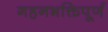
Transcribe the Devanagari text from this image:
गहनभक्तिपूर्ण